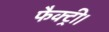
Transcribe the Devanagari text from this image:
फैक्ट्री।